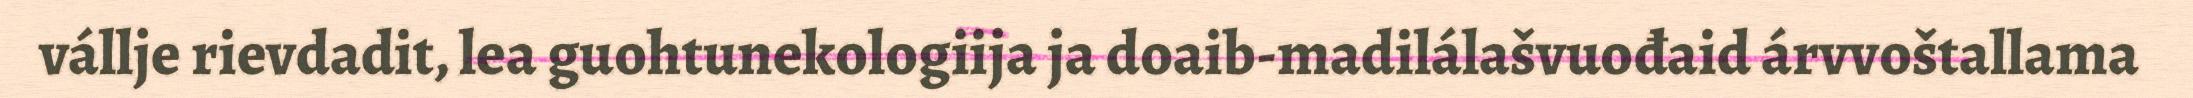
vállje rievdadit, lea guohtunekologiija ja doaib-madilálašvuođaid árvvoštallama